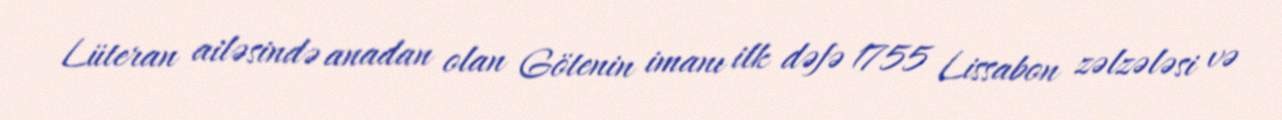
Lüteran ailəsində anadan olan Götenin imanı ilk dəfə 1755 Lissabon zəlzələsi və